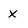
Character: x